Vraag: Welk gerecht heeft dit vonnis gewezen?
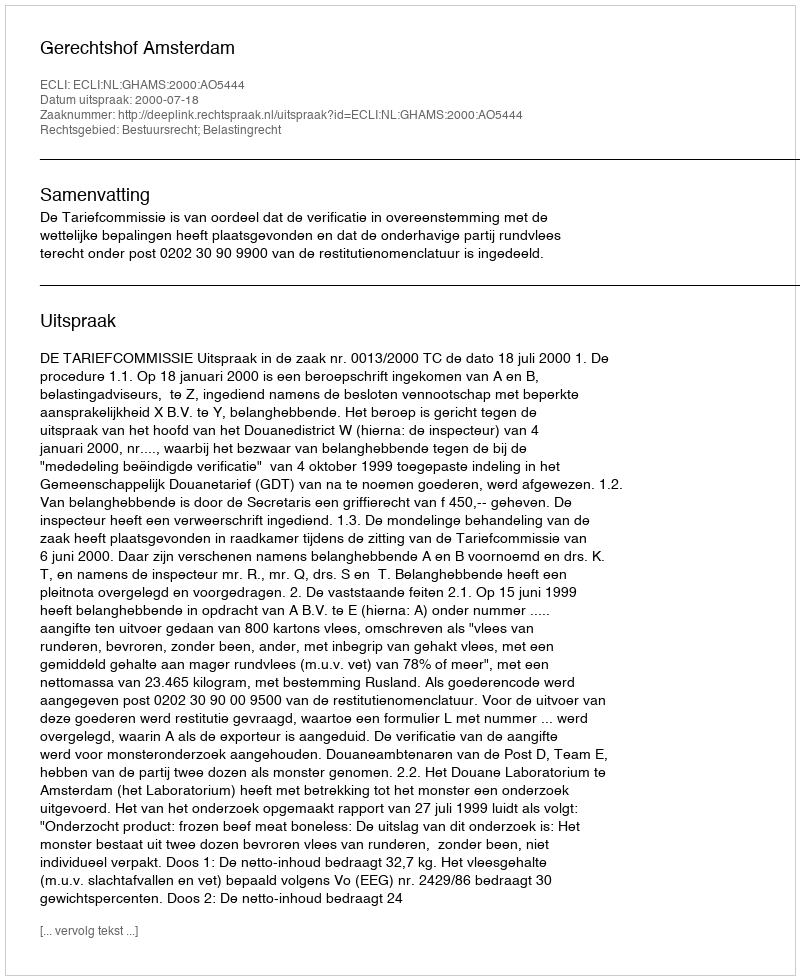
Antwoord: Gerechtshof Amsterdam